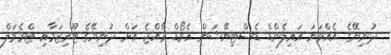
ދުނިޔޭގެ އެއްވަނަ އައިލެންޑް ޑެސްޓިނޭޝަން އެވޯޑް ރާއްޖެ އަށް ދުނިޔޭގެ ޓޫރިޒަމާއި ޓްރެވަލް